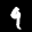
Label: 9